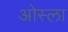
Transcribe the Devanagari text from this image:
ओस्ला